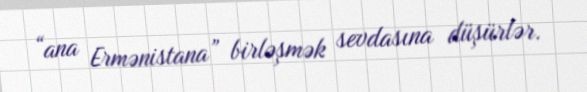
“ana Ermənistana” birləşmək sevdasına düşürlər.